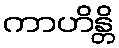
ကာဟိန္တိ